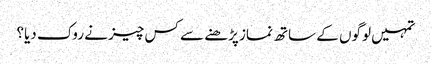
تمہیں لوگوں کے ساتھ نماز پڑھنے سے کس چیز نے روک دیا؟